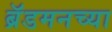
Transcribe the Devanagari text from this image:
ब्रॅडमनच्या